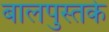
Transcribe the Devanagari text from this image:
बालपुस्तके